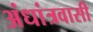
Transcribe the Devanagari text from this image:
अंधांत्रवासी